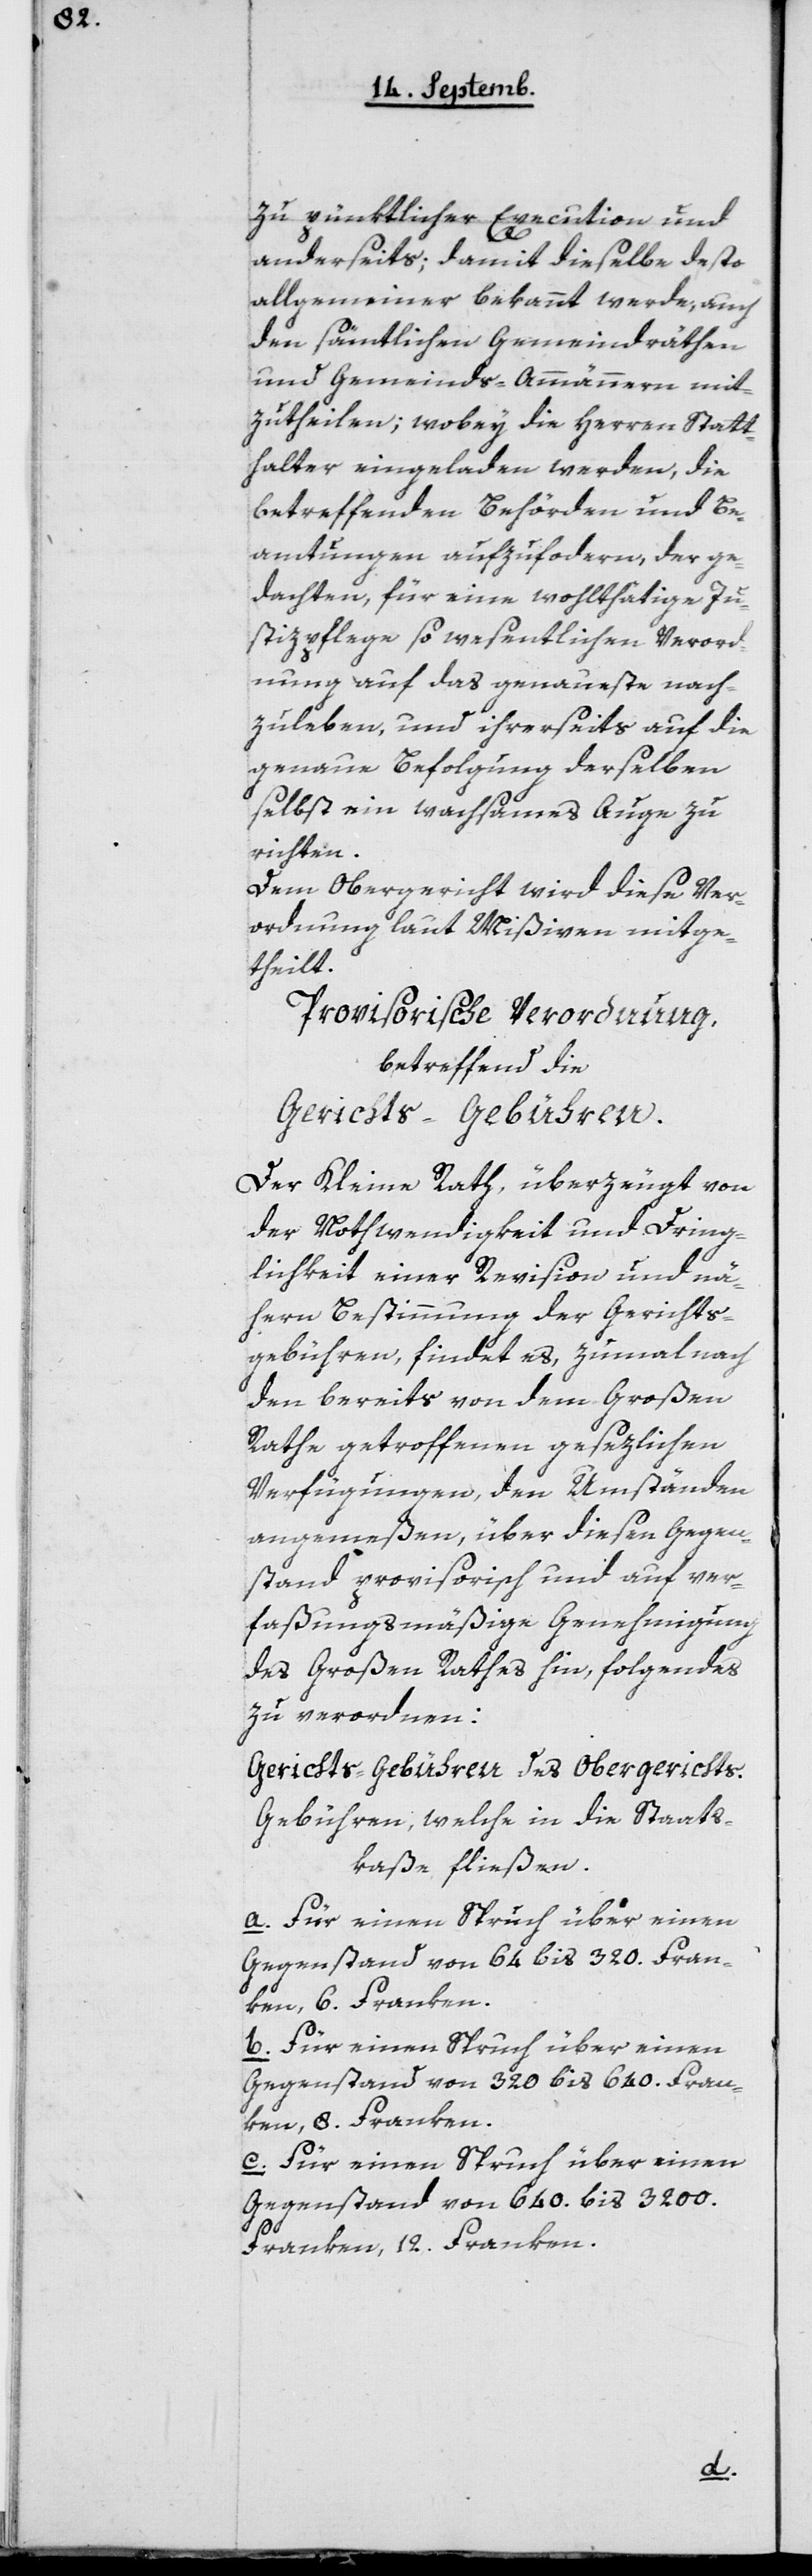
zu pünktlicher Execution und
anderseits; damit dieselbe desto
allgemeiner bekannt werde, auch
den sämtlichen Gemeindräthen
und Gemeinds-Ammännern mit¬
zutheilen; wobey die Herren Statt¬
halter eingeladen werden, die
betreffenden Behörden und Be¬
amtungen aufzufordern, der ge¬
dachten, für eine wohlthätige Ju¬
stizpflege so wesentlichen Verord¬
nung auf das genaueste nach¬
zuleben, und ihrerseits auf die
genaue Befolgung derselben
selbst ein wachsames Auge zu
richten.
Dem Obergericht wird diese Ver¬
ordnung laut Mißiven mitge¬
theilt.
Provisorische Verordnung,
betreffend die
Gerichts-Gebühren.
Der Kleine Rath, überzeugt von
der Nothwendigkeit und Dring¬
lichkeit einer Revision und nä¬
hern Bestimmung der Gerichts¬
gebühren, findet es, zumal nach
den bereits von dem Großen
Rathe getroffenen gesezlichen
Verfügungen, den Umständen
angemeßen, über diesen Gegen¬
stand provisorisch und auf ver¬
faßungsmäßige Genehmigung
des Großen Rathes hin, folgendes
zu verordnen:
Gerichts-Gebühren des Obergerichts.
Gebühren, welche in die Staats¬
kaße fließen.
a. Für einen Spruch über einen
Gegenstand von 64 bis 320 Fran¬
ken, 6 Franken.
b. Für einen Spruch über einen
Gegenstand von 320 bis 640 Fran¬
ken, 8 Franken.
c. Für einen Spruch über einen
Gegenstand von 640 bis 3200
Franken, 12 Franken.